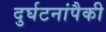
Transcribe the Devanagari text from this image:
दुर्घटनांपैकी